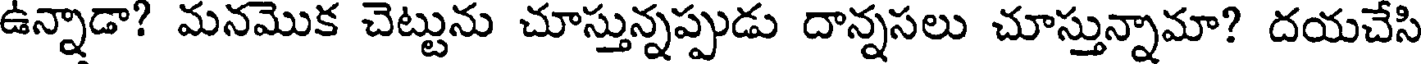
ఉన్నాడా? మనమొక చెట్టును చూస్తున్నప్పుడు దాన్నసలు చూస్తున్నామా? దయచేసి